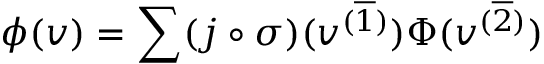
\phi ( v ) = \sum ( j \circ \sigma ) ( v ^ { ( \overline { { 1 } } ) } ) \Phi ( v ^ { ( \overline { { 2 } } ) } )